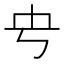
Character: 𰀊